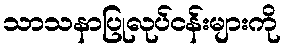
သာသနာပြုလုပ်ငန်းများကို